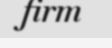
firm